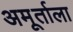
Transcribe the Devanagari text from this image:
अमूर्ताला